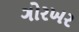
ગોરખર